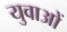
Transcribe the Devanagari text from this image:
युवाअों